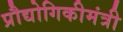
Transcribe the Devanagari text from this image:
प्रौद्योगिकीमंत्री